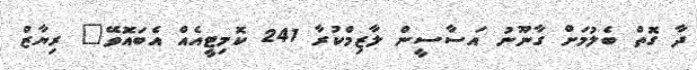
ދާ ގޮތް ބެލުމަށް ގާނޫނު އަސާސީން ލާޒިމްކުރާ 241 ކޮމިޓީއެއް އެބައޮވޭ" ރިޔާޒް